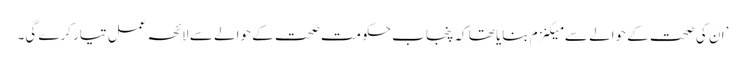
’ان کی صحت کے حوالے سے میکنزم بنایا تھا کہ پنجاب حکومت صحت کے حوالے سے لائحہ عمل تیار کرے گی۔